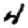
Digit: 4